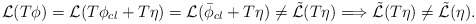
\begin{align*}{\cal {L}}(T\phi )={\cal {L}}(T\phi _{cl}+T\eta )={\cal {L}}(\bar{\phi }_{cl}+T\eta )\neq {\cal {\tilde{L}}}(T\eta )\Longrightarrow {\cal {\tilde{L}}}(T\eta )\neq {\cal {\tilde{L}}}(\eta ).\end{align*}